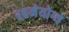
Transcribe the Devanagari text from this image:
रहनेयोग्य